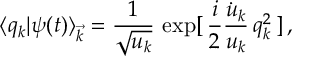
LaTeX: \langle q _ { k } | \psi ( t ) \rangle _ { \vec { k } } = \frac { 1 } { \sqrt { u _ { k } } } \, \exp [ \, \frac { i } { 2 } \frac { \dot { u } _ { k } } { u _ { k } } \, q _ { k } ^ { 2 } \, ] \, ,